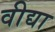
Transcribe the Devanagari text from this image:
वीद्या